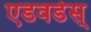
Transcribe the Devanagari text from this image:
एडवर्डस्‌